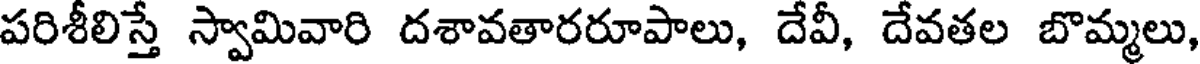
పరిశీలిస్తే స్వామివారి దశావతారరూపాలు, దేవీ, దేవతల బొమ్మలు,